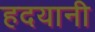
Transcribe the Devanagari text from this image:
हदयानी